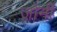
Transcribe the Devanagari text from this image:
जोर्नी